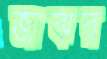
জাঝর